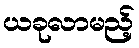
ယခုလာမည့်